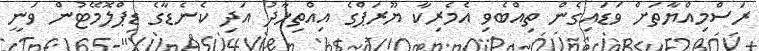
ރަސްމިއްޔާތަށް ވަޑައިގެން ތިއްބެވި އެމެރިކާ ޔޫރަޕްގެ އިއްތިހާދު އަދި ކެނެޑާގެ ޑިޕްލޮމޭޓުން ވަނީ